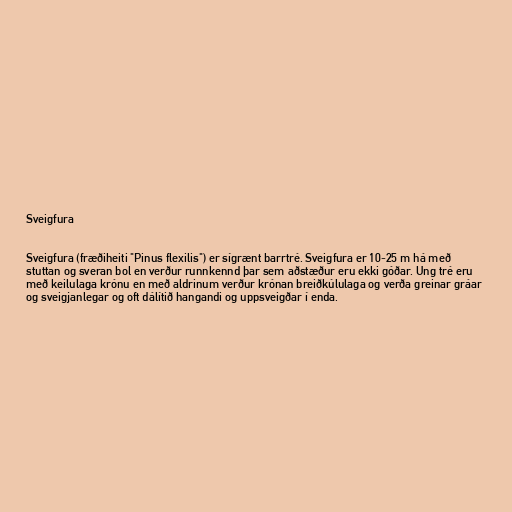
Sveigfura

Sveigfura (fræðiheiti "Pinus flexilis") er sígrænt barrtré. Sveigfura er 10-25 m há með
stuttan og sveran bol en verður runnkennd þar sem aðstæður eru ekki góðar. Ung tré eru
með keilulaga krónu en með aldrinum verður krónan breiðkúlulaga og verða greinar gráar
og sveigjanlegar og oft dálítið hangandi og uppsveigðar í enda.